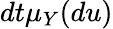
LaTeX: dt\mu_{Y}(du)